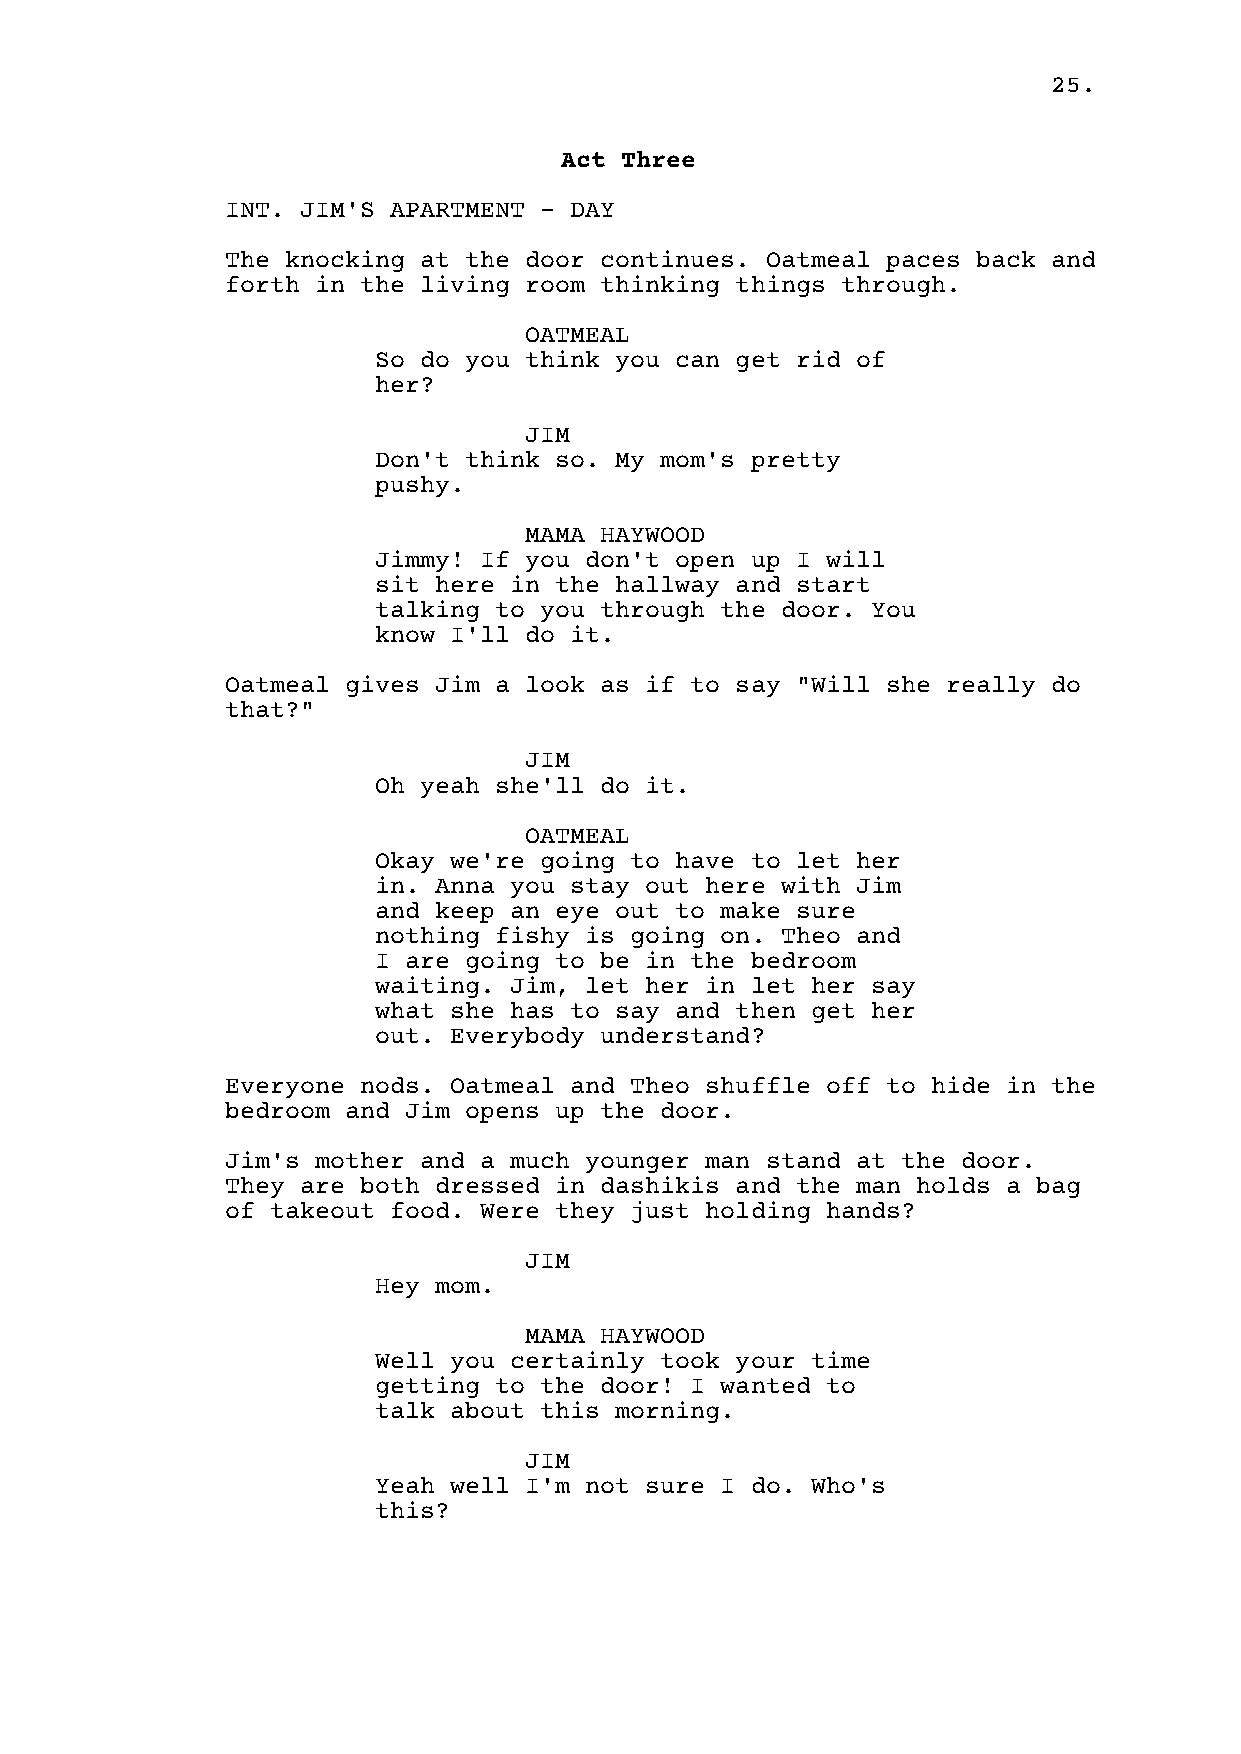
25.
 Act Three
 INT. JIM'S APARTMENT - DAY
 The knocking at the door continues. Oatmeal paces back and
 forth in the living room thinking things through.
 OATMEAL
 So do you think you can get rid of
 her?
 JIM
 Don't think so. My mom's pretty
 pushy.
 MAMA HAYWOOD
 Jimmy! If you don't open up I will
 sit here in the hallway and start
 talking to you through the door. You
 know I'll do it.
 Oatmeal gives Jim a look as if to say "Will she really do
 that?"
 JIM
 Oh yeah she'll do it.
 OATMEAL
 Okay we're going to have to let her
 in. Anna you stay out here with Jim
 and keep an eye out to make sure
 nothing fishy is going on. Theo and
 I are going to be in the bedroom
 waiting. Jim, let her in let her say
 what she has to say and then get her
 out. Everybody understand?
 Everyone nods. Oatmeal and Theo shuffle off to hide in the
 bedroom and Jim opens up the door.
 Jim's mother and a much younger man stand at the door.
 They are both dressed in dashikis and the man holds a bag
 of takeout food. Were they just holding hands?
 JIM
 Hey mom.
 MAMA HAYWOOD
 Well you certainly took your time
 getting to the door! I wanted to
 talk about this morning.
 JIM
 Yeah well I'm not sure I do. Who's
 this?